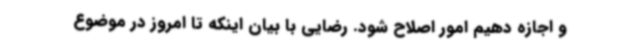
و اجازه دهیم امور اصلاح شود. رضایی با بیان اینکه تا امروز در موضوع